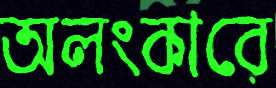
অলংকারে